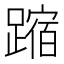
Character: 蹜